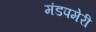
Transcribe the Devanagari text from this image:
मंडपमेरी